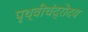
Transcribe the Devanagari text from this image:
पृथ्वीचंद्रोदय